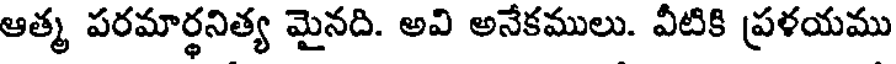
ఆత్మ పరమార్థనిత్య మైనది. అవి అనేకములు. వీటికి ప్రళయము